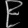
Digit: ၉